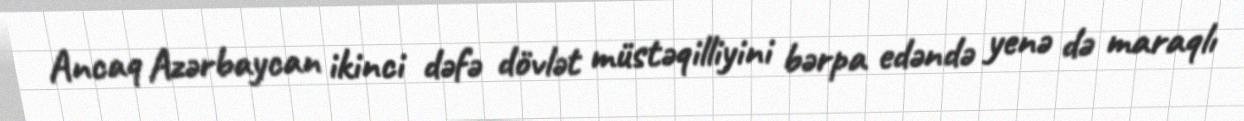
Ancaq Azərbaycan ikinci dəfə dövlət müstəqilliyini bərpa edəndə yenə də maraqlı